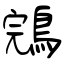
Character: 鵍